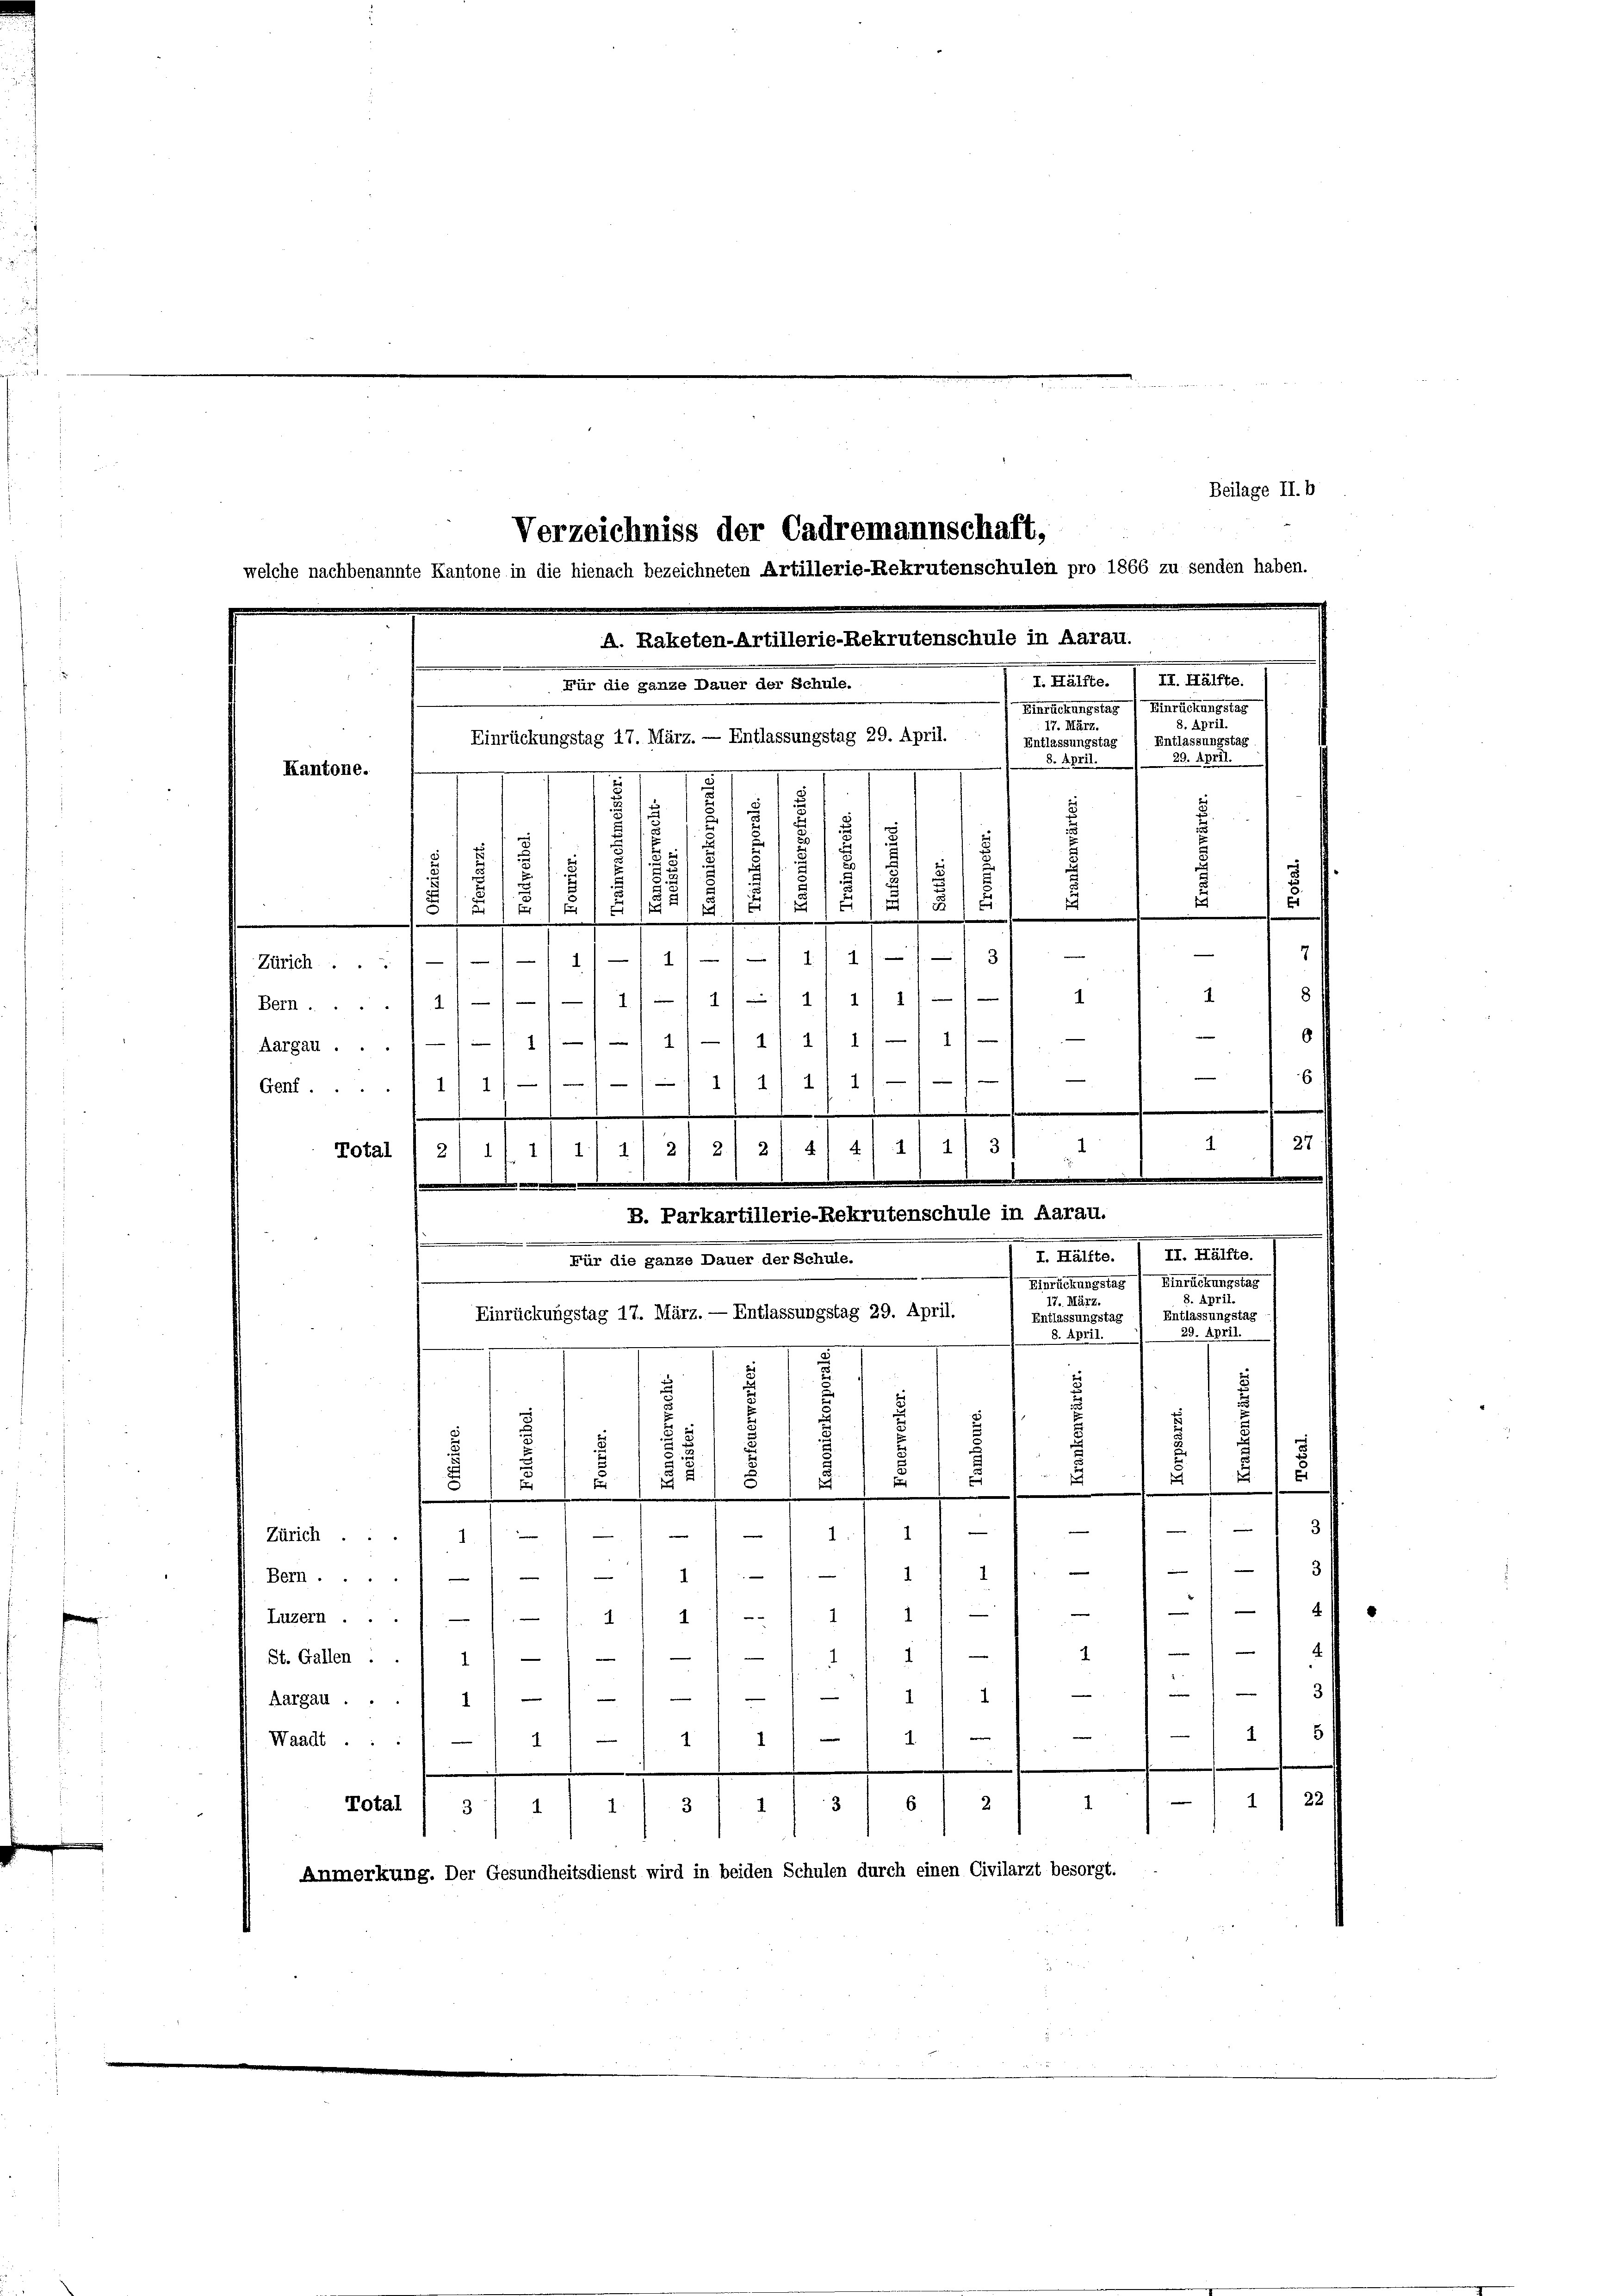
Verzeichniss der Cadremannschaft,
welche nachbenannte Kantone in die hienach bezeichneten Artillerie-Rekrutenschulen pro 1866 zu senden haben.
A. Raketen-Artillerie-Rekrutenschule in Aarau.

d. 1810.
I. Hälfte.
Für die ganze Dauer der Schule.
Marschungstag / Unrechungstes
8. April.
17. März.
Einrückungstag 17. März. — Entlassungstag 29. April.
Entlassungstag / Entlassungstag.
8. April. 1 29. April.

.
Kantone.
d
d

Beilage II. b

5
s
E
d
6
s
E
.
e
|
¬

u

.
.
i
.
e
Zürich ... 11/11/1 11/11 11)
218 f
11/1 11 1/ 1/1 1
1.
Bern.../1//-1
6
Aargau ... 11/11/1 11 - 11. 11 1/1 1
2
67
—
1 11 1
1
Genf.11) 1
27
1
1
Total ) 2) 11 1/ 1/ 11 2, 21 2/ 41 4/11 11 3
e
B. Parkartillerie-Rekrutenschule in Aarau.
m
II. Hälfte.
I. Hälfte.
Für die ganze Dauer der Schule.
Hinrückungstag
Einrückungstag
8. April.
17. März.
Einrückungstag 17. März. — Entlassungstag 29. April.
Entlassungstag / Entlassungstag
29. April.
8. April.
.
.
u
2
.
25
f
1
 2
i

¬
t
.
e
s

e
de

—
2
Zürich . .
e
e
Bern.1) — 1 - 1/// 1

e
1
2
2
1
Luzern ...
—
4
e
—
St. Gallen . . 1 1/
e
1

e
.
Aargau ...
1
1
e
1
1.
Waadt ...
1
1
e
1 1 22/
6
1
Total
2
3
1
3
.
2
3
Anmerkung. Der Gesundheitsdienst wird in beiden Schulen durch einen Civilarzt besorgt.

f
.
u
8
u

E
u
2
.
f

.

2